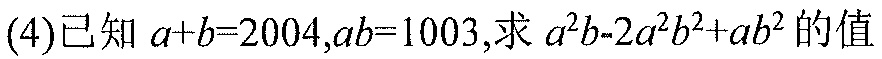
(4)已知 \(a + b = 2004,ab = 1003\)，求 \(a^{2}b - 2a^{2}b^{2}+ab^{2}\) 的值